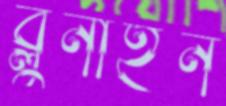
ব্লুনাইন